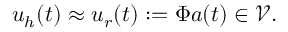
\boldsymbol { u } _ { h } ( t ) \approx \boldsymbol { u } _ { r } ( t ) : = \Phi \boldsymbol { a } ( t ) \in \mathcal { V } .